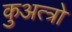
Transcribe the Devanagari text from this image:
कुअत्त्रो